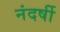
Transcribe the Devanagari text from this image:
नंदर्षी